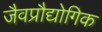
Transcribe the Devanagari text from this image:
जैवप्रौद्योगिक